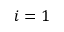
i = 1